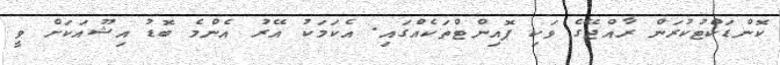
ކޮންޑަކްޓުކުރަން ރާއްޖޭގެ ވަކި ޕޮއިންޓްތަކެއްގައި. އެކަމަކު އޭރު އެންމެ ބޮޑު އިޝޫއަކަށް ވީ